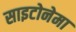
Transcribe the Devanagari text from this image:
साइटोनेमा